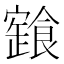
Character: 𩝩